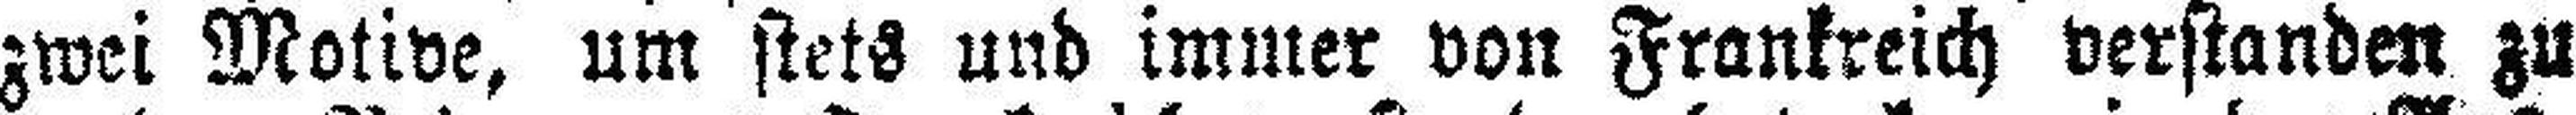
zwei Motive, um stets und immer von Frankreich verstanden zu